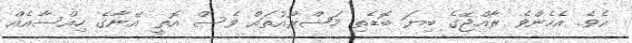
އެވެ. އެހެންވެ ރާއްޖޭގެ ބިޔަ ބޮޑެތި މަޝްރޫއުތައް ވެސް އޮތީ އޭނާގެ ހިއްސާއެއް